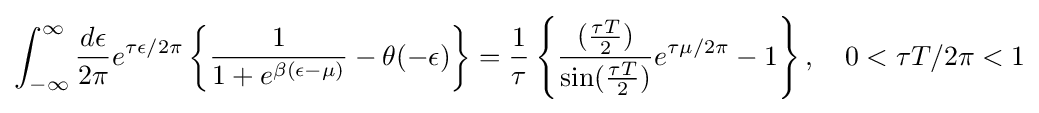
\int _{-\infty }^{\infty }{\frac {d\epsilon }{2\pi }}e^{\tau \epsilon /2\pi }\left\{{\frac {1}{1+e^{\beta (\epsilon -\mu )}}}-\theta (-\epsilon )\right\}={\frac {1}{\tau }}\left\{{\frac {({\frac {\tau T}{2}})}{\sin({\frac {\tau T}{2}})}}e^{\tau \mu /2\pi }-1\right\},\quad 0<\tau T/2\pi <1